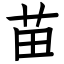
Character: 苗